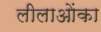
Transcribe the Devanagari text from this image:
लीलाओंका